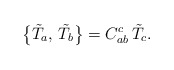
\begin{align*}\bigl\{\tilde T_a,\,\tilde T_b\bigr\}=C_{ab}^c\,\tilde T_c.\end{align*}